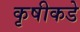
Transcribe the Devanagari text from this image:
कृषीकडे